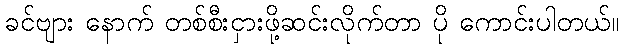
ခင်ဗျား နောက် တစ်စီးငှားဖို့ဆင်းလိုက်တာ ပို ကောင်းပါတယ်။